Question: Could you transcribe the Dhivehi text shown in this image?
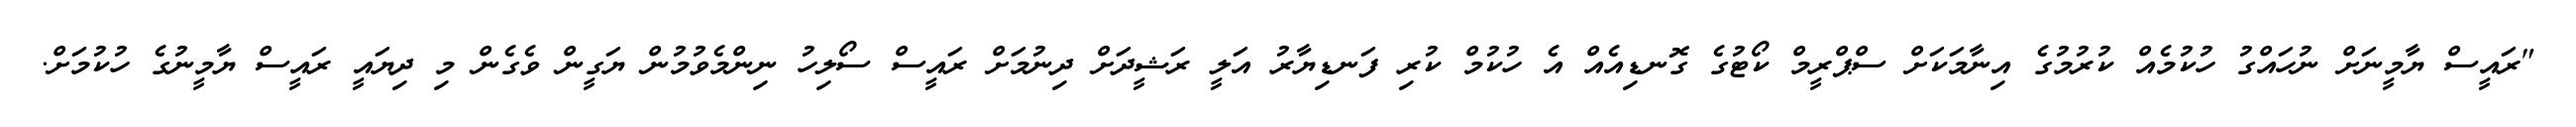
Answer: "ރައީސް ޔާމީނަށް ނުހައްގު ހުކުމެއް ކުރުމުގެ އިނާމަކަށް ސްޕްރީމް ކޯޓުގެ ގޮނޑިއެއް އެ ހުކުމް ކުރި ފަނޑިޔާރު އަލީ ރަޝީދަށް ދިނުމަށް ރައީސް ސޯލިހު ނިންމެވުމުން ޔަގީން ވެގެން މި ދިޔައީ ރައީސް ޔާމީނުގެ ހުކުމަށް.